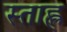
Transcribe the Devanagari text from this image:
स्ताह्ल